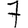
Digit: 7